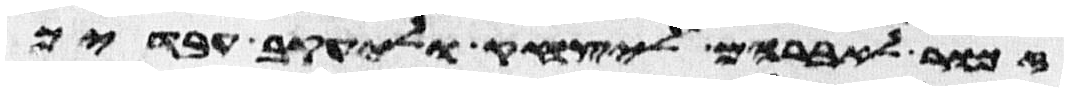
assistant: זכור לאברהם ליצחק וליעקב עבדיך